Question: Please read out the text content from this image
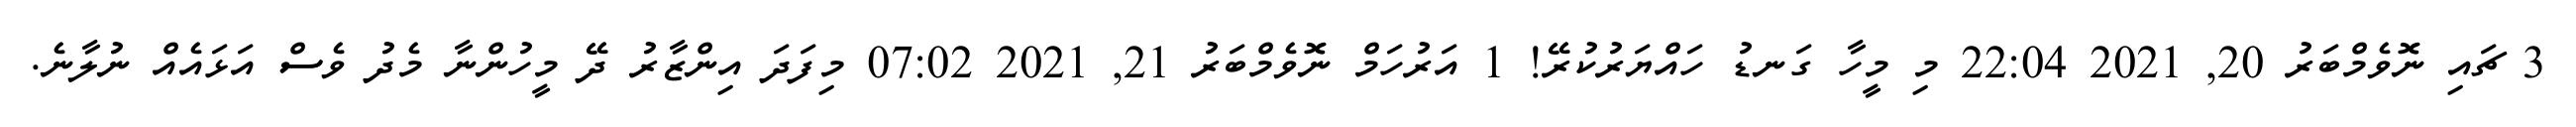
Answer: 3 ޗައި ނޮވެމްބަރު 20, 2021 22:04 މި މީހާ ގަނޑު ހައްޔަރުކުރޭ! 1 އަރުހަމް ނޮވެމްބަރު 21, 2021 07:02 މިފަދަ އިންޒާރު ދޭ މީހުންނާ މެދު ވެސް އަޅައެއް ނުލާނެ.